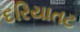
દરિયાતટ